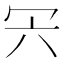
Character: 𠕼